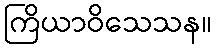
ကြိယာဝိသေသန။